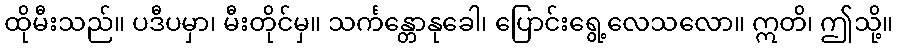
ထိုမီးသည်။ ပဒီပမှာ၊ မီးတိုင်မှ။ သင်္ကန္တောနုခေါ၊ ပြောင်းရွေ့လေသလော။ ဣတိ၊ ဤသို့။